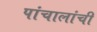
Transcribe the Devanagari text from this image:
पांचालांची